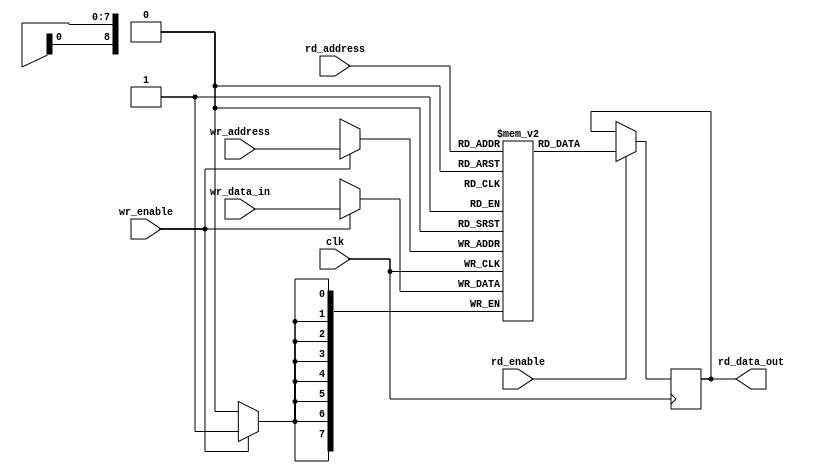
module dual_port_bram_8x512
#(
    parameter D_W = 8,
    parameter NUM_SAMPLES = 512,
    parameter NS_BITS = 9
)
(
    input wire clk,

    input wire rd_enable,
    input wire wr_enable,

    input wire [(NS_BITS - 1):0]rd_address,
    input wire [(NS_BITS - 1):0]wr_address,

    input wire [(D_W - 1):0]wr_data_in,

    output reg [(D_W - 1):0]rd_data_out
);



    reg [(D_W - 1):0] bram_contents [0:(NUM_SAMPLES - 1)];

    integer n;
    initial begin
        for(n = 0; n < NUM_SAMPLES; n = n + 1) begin
            bram_contents[n] = 8'h01;
        end
    end


    always @ (posedge clk) begin
        if(wr_enable) begin
            bram_contents[wr_address] <= wr_data_in;
        end

        if(rd_enable) begin
            rd_data_out <= bram_contents[rd_address];
        end
    end

endmodule